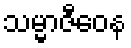
သမ္မာဇီဝေန